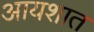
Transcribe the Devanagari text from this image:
आयशात